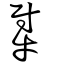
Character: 犚